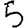
Digit: 5